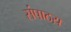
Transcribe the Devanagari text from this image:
संपाठय़